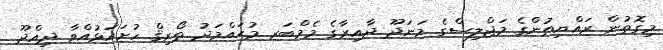
މިގޮތުން ރައްޔިތުންގެ މަޖްލިސްގެ މަނަދޫ ދާއިރާގެ މެމްބަރ މުޙައްމަދު ތޯރިޤް ހުށައަޅުއްވާ ދިއްދޫ